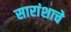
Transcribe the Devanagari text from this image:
सारांशाचे